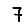
Digit: 7